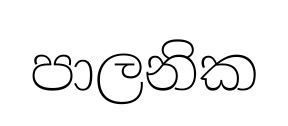
පාලනික